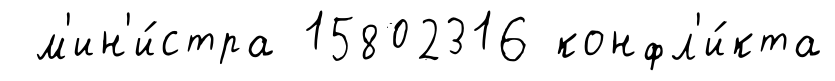
м'ин'и́стра 15802316 конфл'и́кта